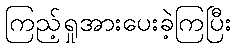
ကြည့်ရှုအားပေးခဲ့ကြပြီး